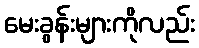
မေးခွန်းများကိုလည်း